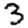
Digit: 3